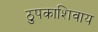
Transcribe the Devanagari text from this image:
ठुपकाशिवाय